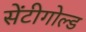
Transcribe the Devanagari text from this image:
सेंटीगोल्ड